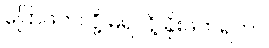
ပြောဖတ်လို့ မရလို့ ခိုးဖတ်ရတာ